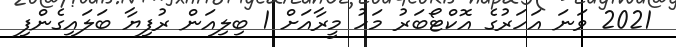
2021 ވަނަ އަހަރުގެ އޮކްޓޯބަރު މަހު މީރާއަށް 1 ބިލިއަން ރުފިޔާ ބަލައިގެންފި